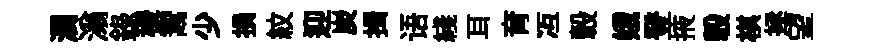
澗滃録稷鬻少損紋迎炭揖语綫耳育冱轂娥登掖彀棋拯望